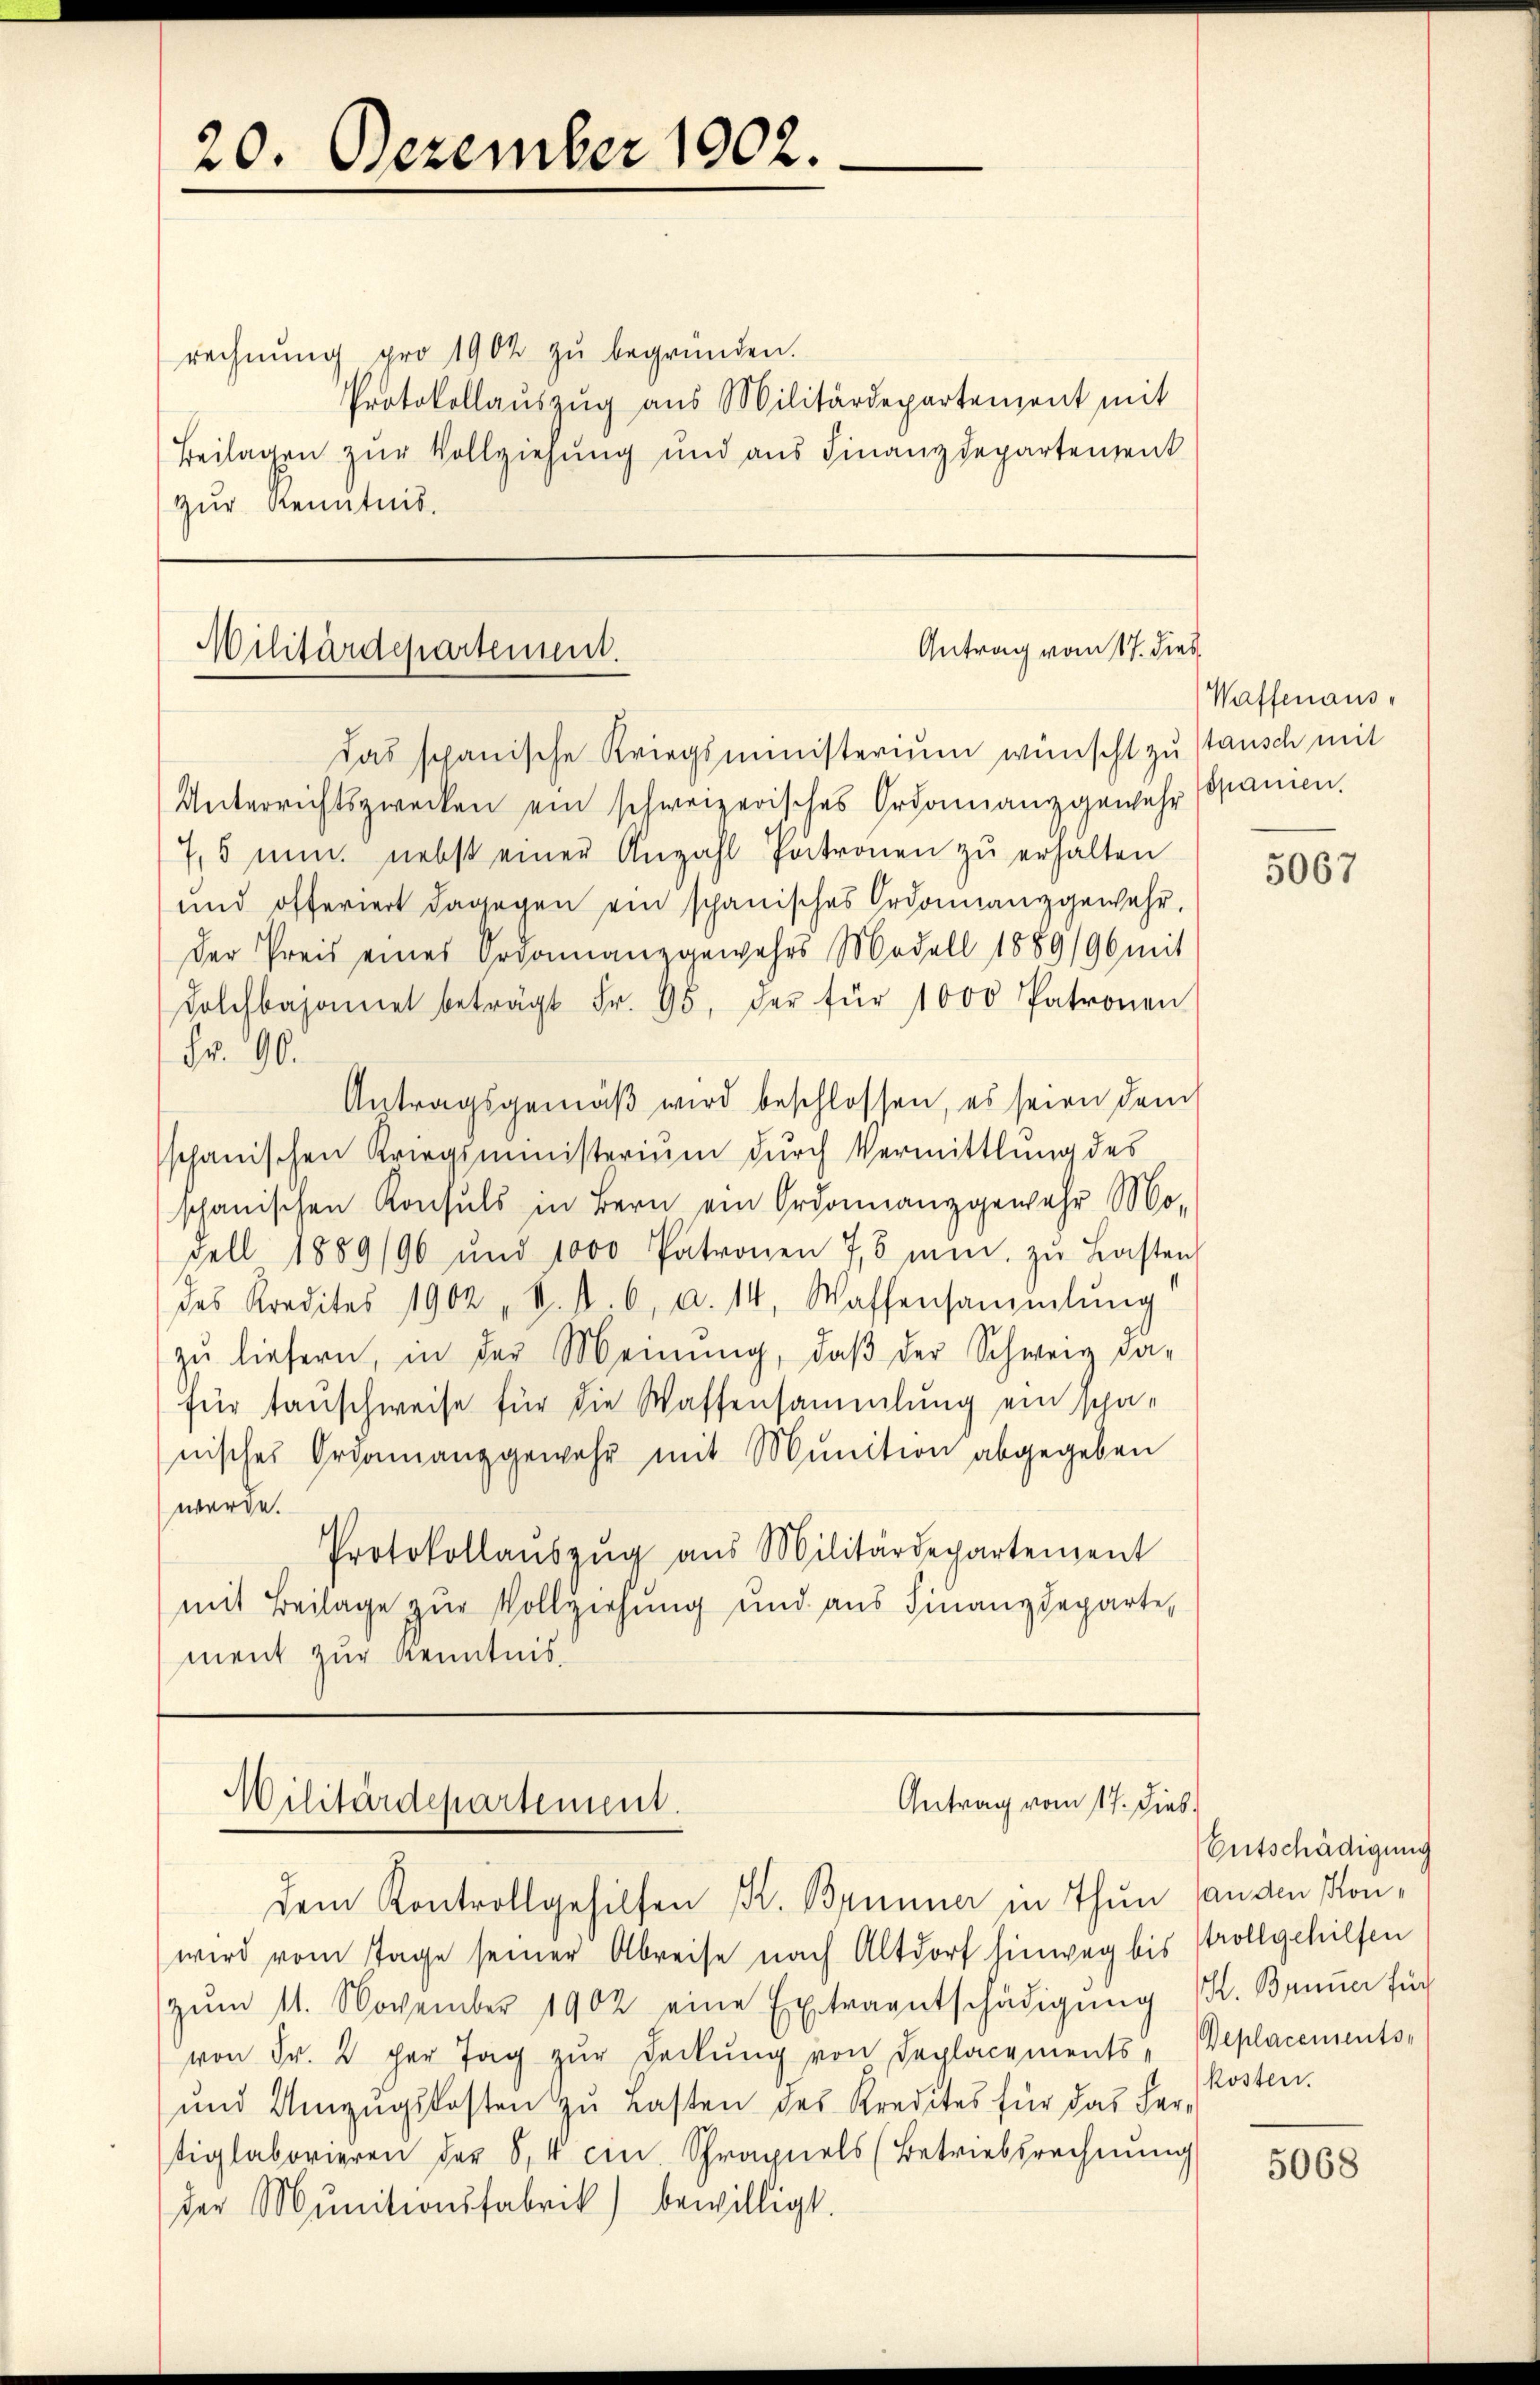
20. Dezember 1902.

rechnŭng pro 1902 zu begründen.
Protokollauszug aus Militärdepartement mit
Beilagen zur Vollziehung und aus Finanzdepartement
Zur Kenntnis.

Antrag vom 17. dies
Militärdepartement.

das schanische Kriegsministerium wünscht zu stausch mit
Unterrichtszwecken ein schweizerisches Ordonnanzgewehr spanien.
7,5 nun nebst einer Anzahl Patronen zu erhalten
und offeriert dagegen ein schanisches Ordonnanzgewahr,
der Preis eines Ordonnanzgewahrs Modell 1889/96 mit
Dolcbajonet beträgt Fr. 95, der für 1000 Patronen
Fr. 90.
Antragsgemäβ wird beschlossen, es seien den
schanischen Kriegsministerium durch Vermittlung des
schanischen Konsuls in Bern ein Ordonnanzgewehr Mo-
Fell 1889/96 und 1000 Patronen 7,5 min. zŭ Lasten
des Kredites 1902 " 4. d. 6, u. 14, Wassensammlung
zŭ liefern, in der Meinŭng, daβ der Schweiz da-
für tauschweise für die Waffensammlung ein schanisches Organang gewehr mit Munition abgegeben
werde.
Protokollaŭszŭg aŭs Militärdepartement
mit Beilage zur Vollziehung und aus Finanzdeparte,
ment zur Kenntnis

Antrag vom 17. Dieb.
Militärdepartement.
dem Kontrollgehilfen K. Brunner in Thun handen Kon¬

wird vom Tage seiner Abreise nach Altdorf hinweg bis strollgehilfen
zŭm 11. November 1902 eine Extraentschädigŭng M. Bruner für
von Fr. 2 der Tag zŭr deckŭng von Seplacements-Beplacements-
und Umzugskosten zu Lasten des Kredites für das Vertiglaborieren der S. 4 cin. Schrapuels (Betriebsrechnŭng
der Munitionsfabrik) bewilligt.

Waffenaus¬

5067

Entschädigung
kosten.

5068